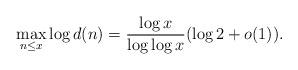
LaTeX: \begin{align*}\max_{n\leq x} \log d(n) = \frac{\log x}{\log \log x} (\log 2 + o(1)).\end{align*}